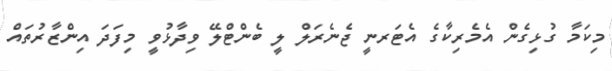
މިކަމާ ގުޅިގެން އެމެރިކާގެ އެޓަރނީ ޖެނެރަލް ލީ ބެންޓްލޭ ވިދާޅުވީ މިފަދަ އިންޒާރުތައް